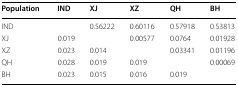
| Population | IND | XJ | XZ | QH | BH |
 | --- | --- | --- | --- | --- | --- |
 | IND |  | 0.56222 | 0.60116 | 0.57918 | 0.53813 |
 | XJ | 0.019 |  | 0.00577 | 0.0764 | 0.01928 |
 | XZ | 0.023 | 0.014 |  | 0.03341 | 0.01196 |
 | QH | 0.028 | 0.019 | 0.019 |  | 0.00069 |
 | BH | 0.023 | 0.015 | 0.016 | 0.019 |  |